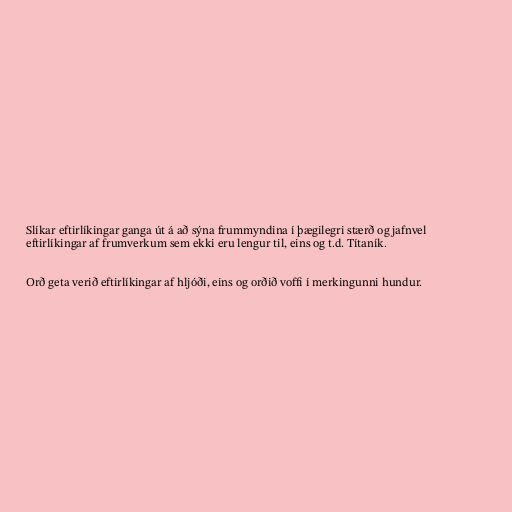
Slíkar eftirlíkingar ganga út á að sýna frummyndina í þægilegri stærð og jafnvel
eftirlíkingar af frumverkum sem ekki eru lengur til, eins og t.d. Títaník.

Orð geta verið eftirlíkingar af hljóði, eins og orðið voffi í merkingunni hundur.